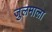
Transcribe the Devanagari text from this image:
जुलमाला